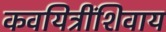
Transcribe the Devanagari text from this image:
कवयित्रींशिवाय